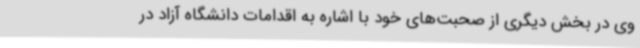
وی در بخش دیگری از صحبت‌های خود با اشاره به اقدامات دانشگاه آزاد در